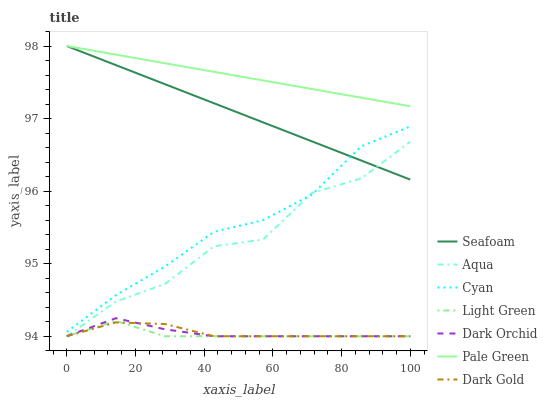
| xaxis_label | Seafoam | Aqua | Cyan | Light Green | Dark Orchid | Pale Green | Dark Gold |
 | --- | --- | --- | --- | --- | --- | --- | --- |
 | 0 | 98 | 94 | 94.1 | 94 | 94 | 98 | 94 |
 | 14.3 | 97.7 | 94.5 | 94.6 | 94.2 | 94.2 | 97.9 | 94.2 |
 | 28.6 | 97.5 | 94.7 | 95 | 94 | 94.1 | 97.8 | 94.2 |
 | 42.9 | 97.2 | 95.2 | 95.4 | 94 | 94 | 97.6 | 94 |
 | 57.1 | 96.9 | 95.3 | 95.6 | 94 | 94 | 97.5 | 94 |
 | 71.4 | 96.7 | 96 | 96 | 94 | 94 | 97.4 | 94 |
 | 85.7 | 96.4 | 96.2 | 96.6 | 94 | 94 | 97.3 | 94 |
 | 100 | 96.2 | 96.7 | 96.9 | 94 | 94 | 97.2 | 94 |